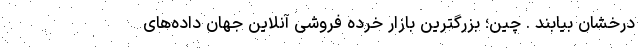
درخشان بیابند . چین؛ بزرگترین بازار خرده فروشی آنلاین جهان داده‌های